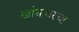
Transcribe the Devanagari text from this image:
खांद्यावरचा